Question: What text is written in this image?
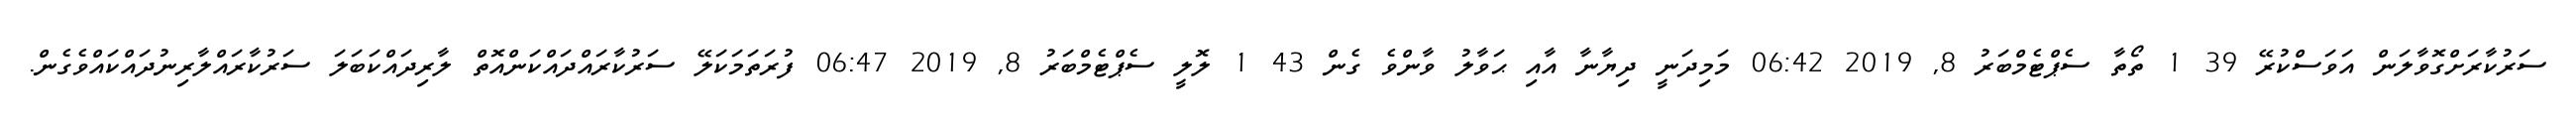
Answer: ސަރުކާރަށްގޮވާލަން އަވަސްކުރޭ 39 1 ތޯތާ ސެޕްޓެމްބަރު 8, 2019 06:42 މަމިދަނީ ދިޔާނާ އާއި ޙަވާލު ވާންވެ ގެން 43 1 ލޮލީ ސެޕްޓެމްބަރު 8, 2019 06:47 ފުރަތަމަކަލޭ ސަރުކާރައްދައްކަންއޮތް ލާރިދައްކަބަލަ ސަރުކާރައްލާރިނުދައްކައްވެގެން.